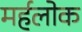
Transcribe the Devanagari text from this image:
मर्हलोक